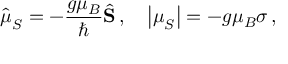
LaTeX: { \hat { \boldsymbol { \mu } } } _ { S } = - { \frac { g \mu _ { B } } { \hbar } } { \hat { \mathbf { S } } } \, , \quad \left| { \boldsymbol { \mu } } _ { S } \right| = - g \mu _ { B } \sigma \, ,